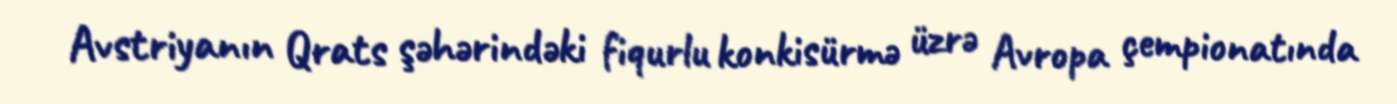
Avstriyanın Qrats şəhərindəki fiqurlu konkisürmə üzrə Avropa çempionatında